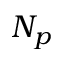
N _ { p }